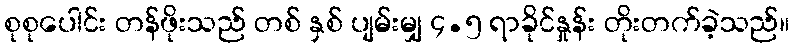
စုစုပေါင်း တန်ဖိုးသည် တစ် နှစ် ပျမ်းမျှ ၄.၅ ရာခိုင်နှုန်း တိုးတက်ခဲ့သည်။